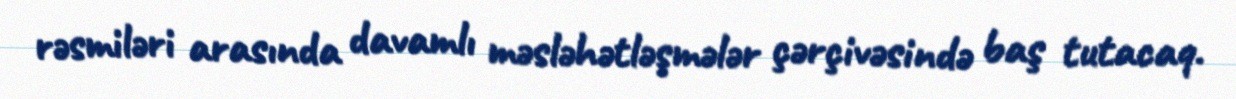
rəsmiləri arasında davamlı məsləhətləşmələr çərçivəsində baş tutacaq.